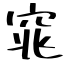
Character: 窕